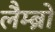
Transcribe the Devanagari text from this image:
लैम्ब्रो